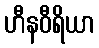
ဟီနဝီရိယာ